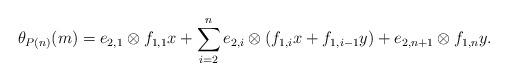
LaTeX: \begin{align*} \theta_{P(n)}(m) &= e_{2,1} \otimes f_{1,1} x + \sum\limits_{i=2}^{n} e_{2,i} \otimes (f_{1,i}x + f_{1,i-1} y) + e_{2,n+1}\otimes f_{1,n} y.\end{align*}